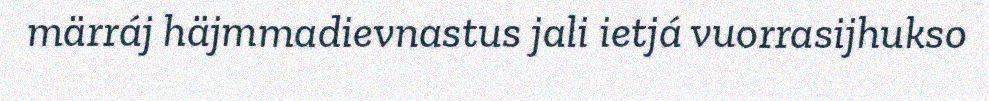
märráj häjmmadievnastus jali ietjá vuorrasijhukso